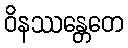
ဝိနဿန္တေတေ